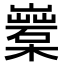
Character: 𣞏